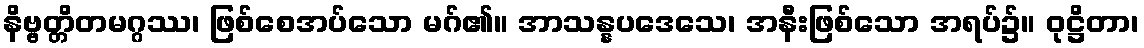
နိဗ္ဗတ္တိတမဂ္ဂဿ၊ ဖြစ်စေအပ်သော မဂ်၏။ အာသန္နပဒေသေ၊ အနီးဖြစ်သော အရပ်၌။ ဝုဋ္ဌိတာ၊